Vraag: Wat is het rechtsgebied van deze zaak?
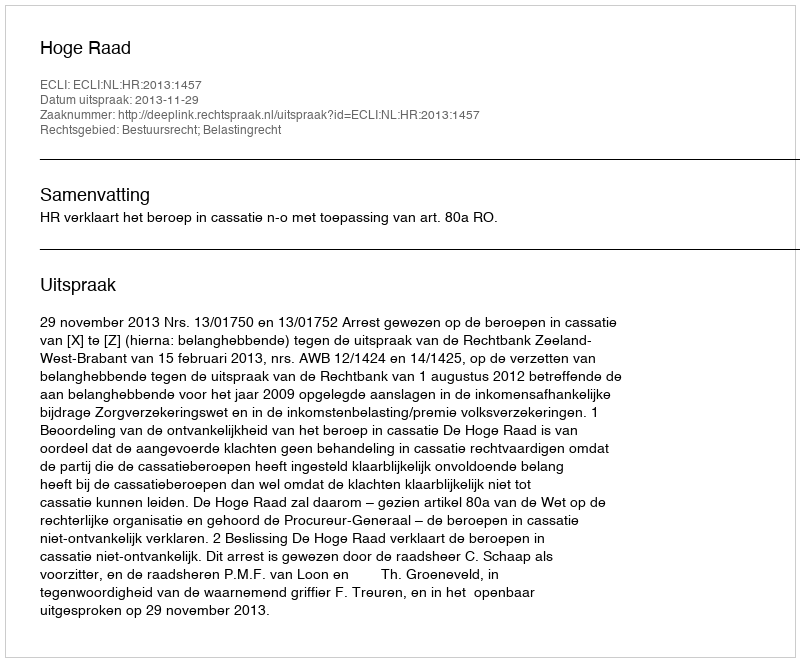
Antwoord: Bestuursrecht; Belastingrecht